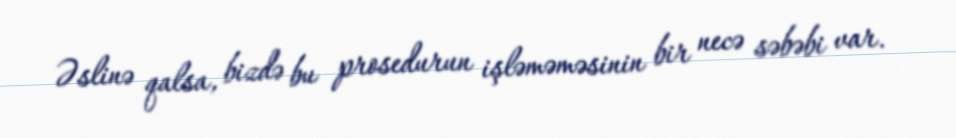
Əslinə qalsa, bizdə bu prosedurun işləməməsinin bir necə səbəbi var.